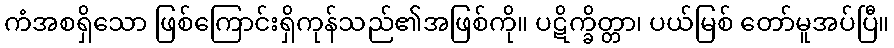
ကံအစရှိသော ဖြစ်ကြောင်းရှိကုန်သည်၏အဖြစ်ကို။ ပဋိက္ခိတ္တာ၊ ပယ်မြစ် တော်မူအပ်ပြီ။